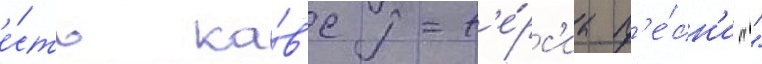
е́сть ка́в'ер-в'е́рс'иа п'е́сн'и ""